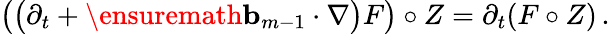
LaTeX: \bigl(\bigl(\partial_{t}+\ensuremath{\mathbf{b}}_{m-1}\cdot\nabla\bigr)F\bigr)\circ Z=\partial_{t}(F\circ Z)\, .